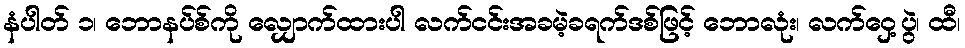
နံပါတ် ၁၊ ဘောနပ်စ်ကို လျှောက်ထားပါ လက်ငင်းအခမဲ့ခရက်ဒစ်ဖြင့် ဘောလုံး၊ လက်ဝှေ့ပွဲ၊ ထီ၊